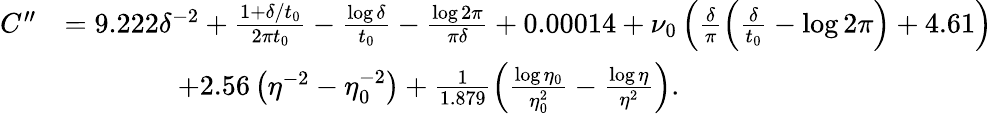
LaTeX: \begin{array}{rl}{C^{\prime\prime}}&{=9.222\delta^{-2}+\frac{1+\delta/t_{0}}{2\pi t_{0}}-\frac{\log\delta}{t_{0}}-\frac{\log 2\pi}{\pi\delta}+0.00014+\nu_{0}\left(\frac{\delta}{\pi}\left(\frac{\delta}{t_{0}}-\log 2\pi\right)+4.61\right)}\\ &{\qquad\qquad+2.56\left(\eta^{-2}-\eta_{0}^{-2}\right)+\frac{1}{1.879}\left(\frac{\log\eta_{0}}{\eta_{0}^{2}}-\frac{\log\eta}{\eta^{2}}\right).}\end{array}